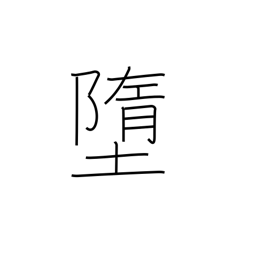
Meaning: descend to